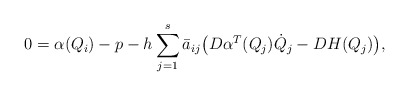
\begin{align*}0 &= \alpha(Q_i) - p - h \sum_{j=1}^s \bar a_{ij}\big(D\alpha^T(Q_j) \dot Q_j - DH(Q_j) \big),\end{align*}